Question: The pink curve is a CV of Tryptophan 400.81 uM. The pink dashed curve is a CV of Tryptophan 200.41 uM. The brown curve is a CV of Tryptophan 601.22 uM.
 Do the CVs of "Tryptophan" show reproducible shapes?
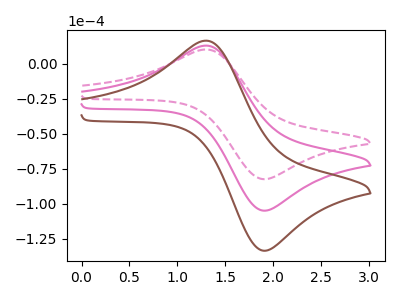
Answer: <think>The pink curve "Tryptophan 400.81 uM" has an anodic peak at (1.30V, 12.95uA) and a cathodic peak at (1.90V, -104.80uA). The pink dashed curve "Tryptophan 200.41 uM" has an anodic peak at (1.30V, 10.15uA) and a cathodic peak at (1.90V, -82.35uA). The brown curve "Tryptophan 601.22 uM" has an anodic peak at (1.30V, 25.90uA) and a cathodic peak at (1.90V, -209.55uA).
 All the peaks in "Tryptophan 400.81 uM" have a peak in "Tryptophan 200.41 uM" at the same potential. Every peak in "Tryptophan 400.81 uM" is higher than every peak in "Tryptophan 200.41 uM". All the peaks in "Tryptophan 400.81 uM" have a peak in "Tryptophan 601.22 uM" at the same potential. Every peak in "Tryptophan 400.81 uM" is lower than every peak in "Tryptophan 601.22 uM". All the peaks in "Tryptophan 200.41 uM" have a peak in "Tryptophan 601.22 uM" at the same potential. Every peak in "Tryptophan 200.41 uM" is lower than every peak in "Tryptophan 601.22 uM".</think>
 <answer>All the CV's of "Tryptophan" have similar shape.</answer>
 <eval>follow_rule</eval>